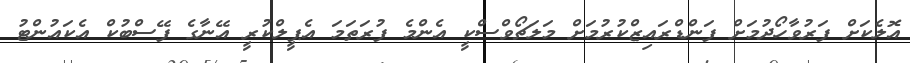
އޮލެކަށް ފަރުވާހޯދުމަށް ފަންޑްރައިޒްކުރުމަށް މަލަޗޯވްސްކީ އެންމެ ފުރަތަމަ އެޕީލްކުރީ އޭނާގެ ފޭސްބުކް އެކައުންޓު